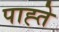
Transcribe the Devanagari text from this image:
पाह्ते